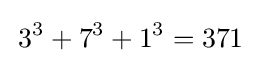
\,3^{3}+7^{3}+1^{3}=371